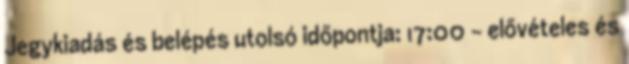
Jegykiadás és belépés utolsó időpontja: 17:00 – elővételes és